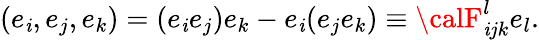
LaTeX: (e_{\mathit{i}},e_{j},e_{k})=(e_{\mathit{i}}e_{j})e_{k}-e_{\mathit{i}}(e_{j}e_{k})\equiv{\calF}_{\mathit{i}jk}^{l}e_{l}.